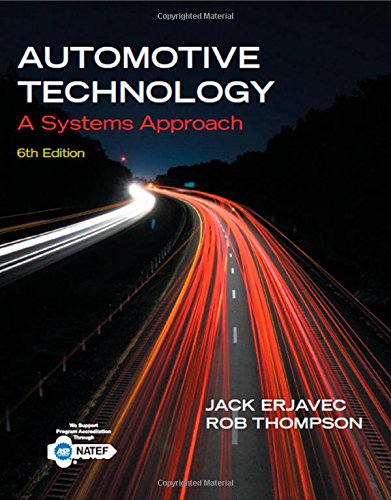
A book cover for Automotive Technology: A Systems Approach; Jack Erjavec; Engineering & Transportation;